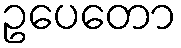
ဥပေတော